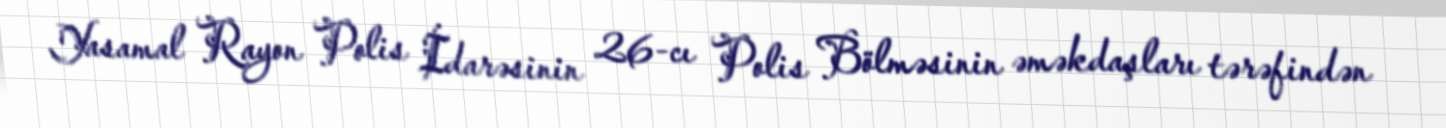
Yasamal Rayon Polis İdarəsinin 26-cı Polis Bölməsinin əməkdaşları tərəfindən